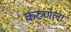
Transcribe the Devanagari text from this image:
करुणेला